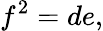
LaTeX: \displaystyle f^{2}=de,